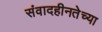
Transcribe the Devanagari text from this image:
संवादहीनतेच्या